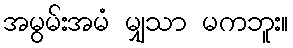
အမွမ်းအမံ မျှသာ မကဘူး။